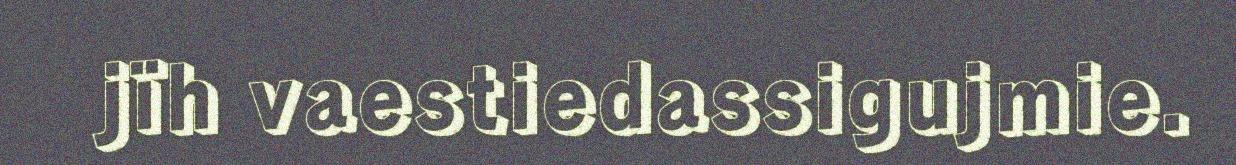
jïh vaestiedassigujmie.